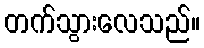
တက်သွားလေသည်။